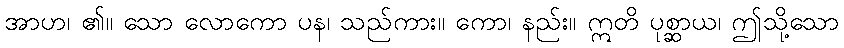
အာဟ၊ ၏။ သော လောကော ပန၊ သည်ကား။ ကော၊ နည်း။ ဣတိ ပုစ္ဆာယ၊ ဤသို့သော